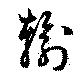
輸